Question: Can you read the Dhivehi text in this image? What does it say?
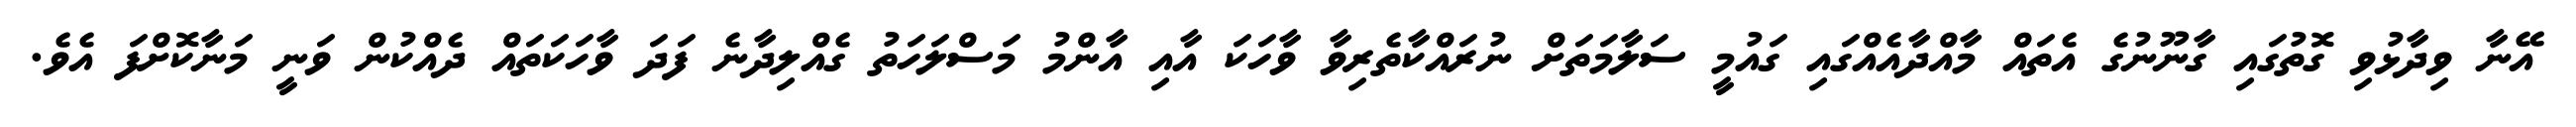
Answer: އޭނާ ވިދާޅުވި ގޮތުގައި ގާނޫނުގެ އެތައް މާއްދާއެއްގައި ގައުމީ ސަލާމަތަށް ނުރައްކާތެރިވާ ވާހަކަ އާއި އާންމު މަސްލަހަތު ގެއްލިދާނެ ފަދަ ވާހަކަތައް ދެއްކުން ވަނީ މަނާކޮށްފަ އެވެ.